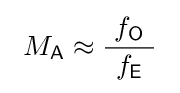
\ M_{\mathsf {A}}\approx {\frac {\ f_{\mathsf {O}}\ }{\ f_{\mathsf {E}}\ }}\